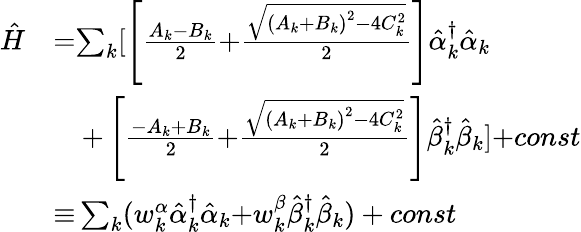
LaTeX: \begin{array}{ll}{\hat{H}}&{{=}{\mathit{\sum}}_{k}[\left[\frac{A_{k}{-}B_{k}}{{2}}{+}\frac{\sqrt{\left(A_{k}{+}B_{k}\right)^{2}{-}{4}C_{k}^{{2}}}}{{2}}\right]\hat{\alpha}_{k}^{{\dagger}}\hat{\alpha}_{k}}\\ &{\quad{+}\left[\frac{{-}A_{k}{+}B_{k}}{{2}}{+}\frac{\sqrt{\left(A_{k}{+}B_{k}\right)^{2}{-}{4}C_{k}^{{2}}}}{{2}}\right]\hat{\beta}_{k}^{{\dagger}}\hat{\beta}_{k}]{+}const}\\ &{{\equiv}\sum_{k}({w_{k}^{\alpha}\hat{\alpha}_{k}^{{\dagger}}\hat{\alpha}_{k}{+}w_{k}^{\beta}\hat{\beta}_{k}^{{\dagger}}\hat{\beta}_{k}})+const}\end{array}